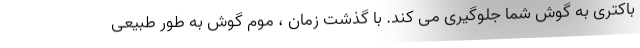
باکتری به گوش شما جلوگیری می کند. با گذشت زمان ، موم گوش به طور طبیعی